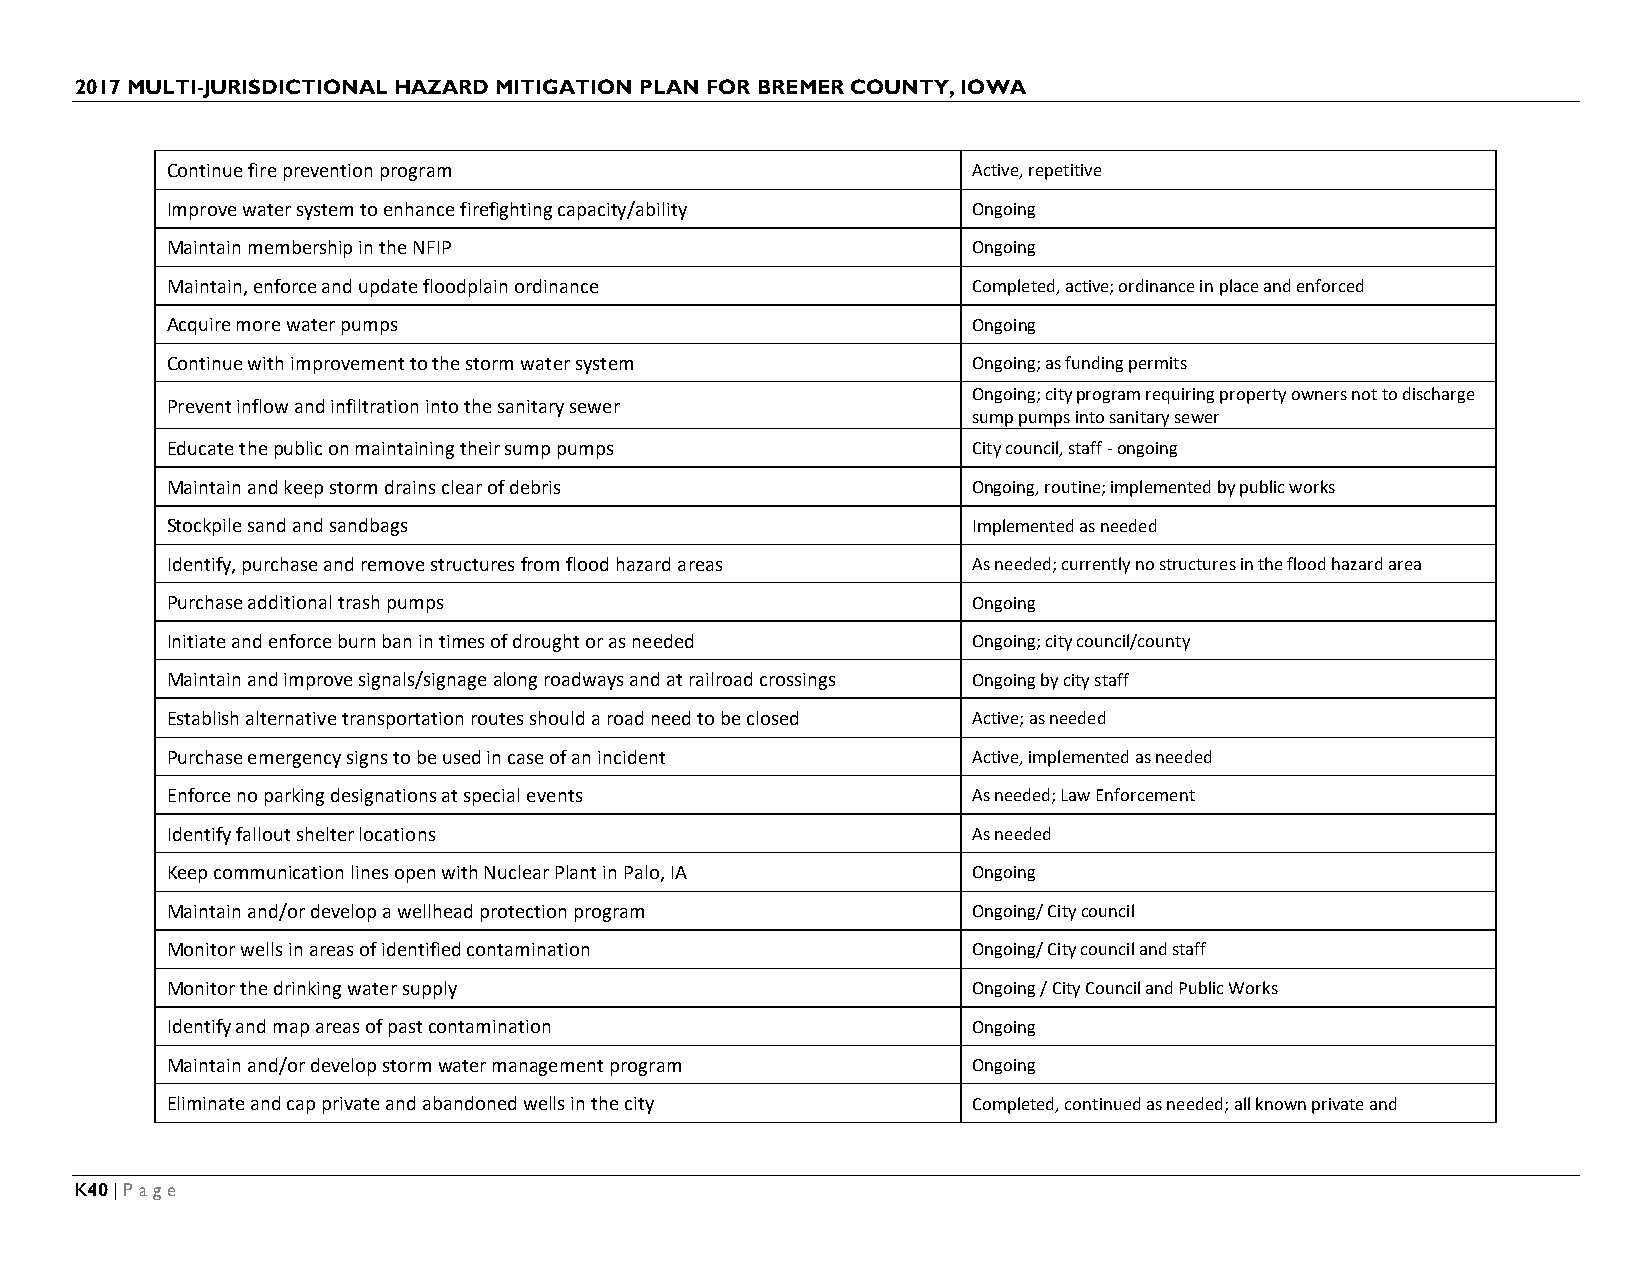
2017 MULTI-JURISDICTIONAL HAZARD MITIGATION PLAN FOR BREMER COUNTY, IOWA
 Continue fire prevention program                     Active, repetitive
 Improve water system to enhance firefighting capacity/ability Ongoing
 Maintain membership in the NFIP                      Ongoing
 Maintain, enforce and update floodplain ordinance    Completed, active; ordinance in place and enforced
 Acquire more water pumps                             Ongoing
 Continue with improvement to the storm water system  Ongoing; as funding permits
 Ongoing; city program requiring property owners not to discharge
 Prevent inflow and infiltration into the sanitary sewer
 sump pumps into sanitary sewer
 Educate the public on maintaining their sump pumps   City council, staff - ongoing
 Maintain and keep storm drains clear of debris       Ongoing, routine; implemented by public works
 Stockpile sand and sandbags                          Implemented as needed
 Identify, purchase and remove structures from flood hazard areas As needed; currently no structures in the flood hazard area
 Purchase additional trash pumps                      Ongoing
 Initiate and enforce burn ban in times of drought or as needed Ongoing; city council/county
 Maintain and improve signals/signage along roadways and at railroad crossings Ongoing by city staff
 Establish alternative transportation routes should a road need to be closed Active; as needed
 Purchase emergency signs to be used in case of an incident Active, implemented as needed
 Enforce no parking designations at special events    As needed; Law Enforcement
 Identify fallout shelter locations                   As needed
 Keep communication lines open with Nuclear Plant in Palo, IA Ongoing
 Maintain and/or develop a wellhead protection program Ongoing/ City council
 Monitor wells in areas of identified contamination   Ongoing/ City council and staff
 Monitor the drinking water supply                    Ongoing / City Council and Public Works
 Identify and map areas of past contamination         Ongoing
 Maintain and/or develop storm water management program Ongoing
 Eliminate and cap private and abandoned wells in the city Completed, continued as needed; all known private and
 K40 | Page